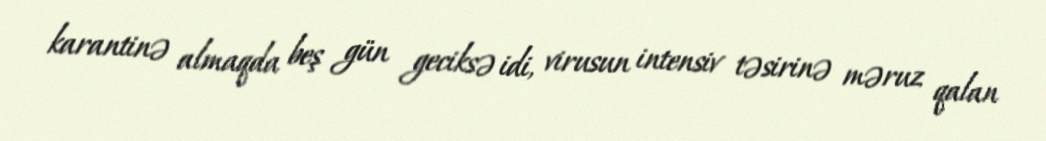
karantinə almaqda beş gün geciksə idi, virusun intensiv təsirinə məruz qalan